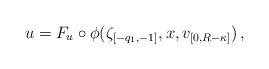
LaTeX: \begin{align*}u=F_{u}\circ\phi(\zeta_{[-q_{1},-1]},x,v_{[0,R-\kappa]})\,,\end{align*}